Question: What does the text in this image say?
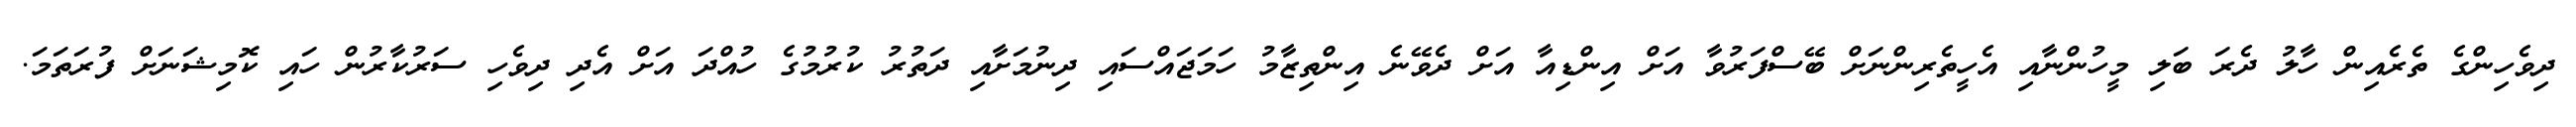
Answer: ދިވެހިންގެ ތެރެއިން ހާލު ދެރަ ބަލި މީހުންނާއި އެހީތެރިންނަށް ބޭސްފަރުވާ އަށް އިންޑިއާ އަށް ދެވޭނެ އިންތިޒާމު ހަމަޖައްސައި ދިނުމަށާއި ދަތުރު ކުރުމުގެ ހުއްދަ އަށް އެދި ދިވެހި ސަރުކާރުން ހައި ކޮމިޝަނަށް ފުރަތަމަ.